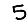
Digit: 5